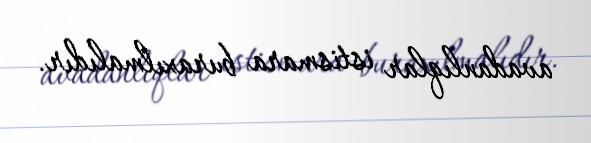
avadanlıqlar istismara buraxılmalıdır.